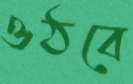
ওঠবে